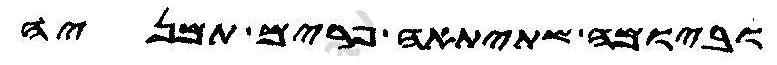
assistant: וביומה שתיתאה פרים תמניה